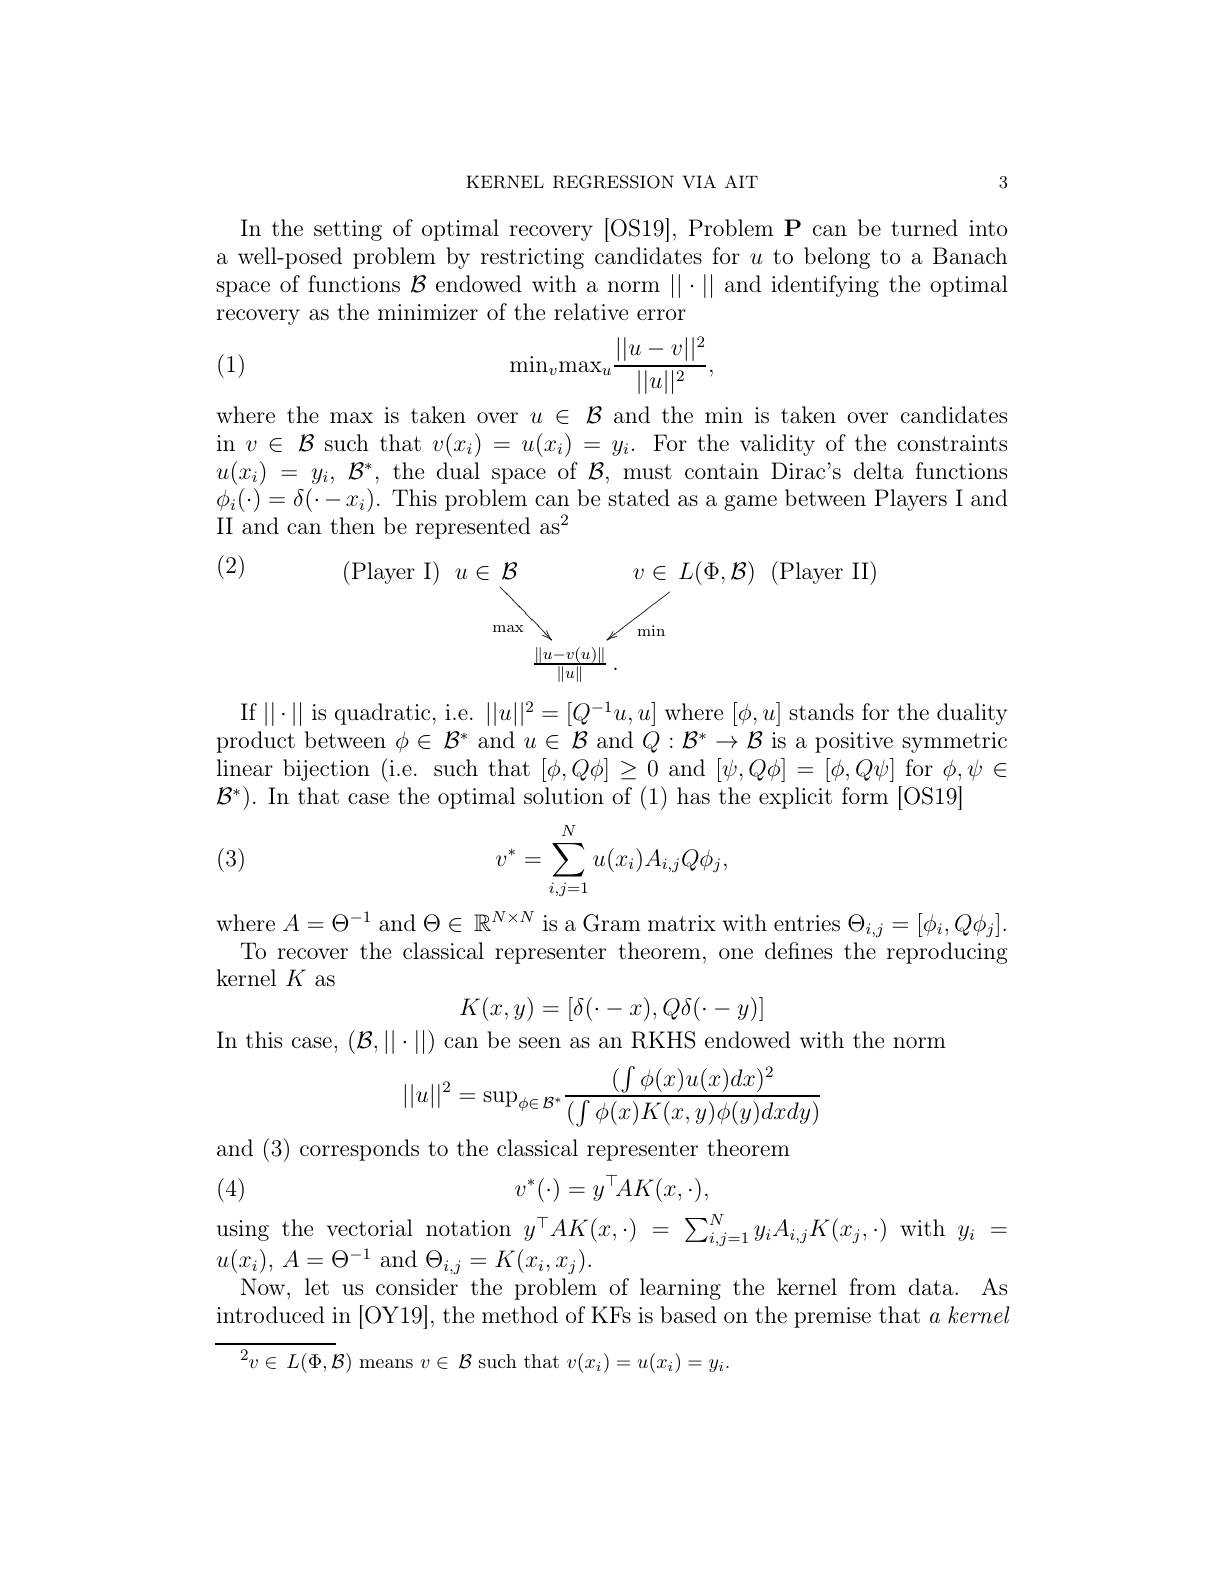
KERNEL REGRESSION VIA AIT

3

In the setting of optimal recovery [OS19], Problem P can be turned into a well-posed problem by restricting candidates for $u$ to belong to a Banach space of functions $\mathcal{B}$ endowed with a norm $\|\cdot\|$ and identifying the optimal recovery as the minimizer of the relative error
$$\min_v\max_u\frac{||u-v||^2}{||u||^2},$$
(1)

$\begin{array}{l}\text{where the max is taken over }u\in\mathcal{B}\text{ and the min is taken over candidates}\\\mathrm{in~}v\in\mathcal{B}\text{ such that }v(x_i)=u(x_i)=y_i.\text{ For the validity of the constraints}\\u(x_i)=y_i,\mathcal{B}^*,\text{ the dual space of }\mathcal{B},\text{must contain Dirac's delta functions}\\\phi_i(\cdot)=\delta(\end{array}$

(2)
$$\begin{array}{cccc}\text{(Player I)}&u\in\mathcal{B}&v\in&L(\Phi,\mathcal{B})&\text{(Player II)}\\&&\max&v\in&L(\Phi,\mathcal{B})&\text{(Player II)}\\&&\frac{\|u-v(u)\|}{\|u\|}.\end{array}$$
If$\|\cdot\|$ is quadratic, i.e. $\|u\|^{2}=[Q^{-1}u,u]$ where $[\phi,u]$ stands for the duality $\begin{array}{l}{\mathrm{product~between~}\phi\in\mathcal{B}^{*}\mathrm{~and~}u\in\mathcal{B}\mathrm{~and~}Q:\mathcal{B}^{*}\to\mathcal{B}\mathrm{~is~a~positive~symmetric}}\\{\mathrm{linear~bijection~(i.e.~such~that~}[\phi,Q\phi]\geq0\mathrm{~and~}[\psi,Q\phi]=[\phi,Q\psi]\mathrm{~for~}\phi,\psi\in\end{array}}$ $\mathcal{B}^*).$ In that case the optimal solution of (1) has the explicit form [OS19]

(3)
$$\begin{aligned}v^*=\sum_{i,j=1}^Nu(x_i)A_{i,j}Q\phi_j,\end{aligned}$$
where $A=\Theta^-1$ and $\Theta\in\mathbb{R}^N\times N$ is a Gram matrix with entries $\Theta_i,j=[\phi_i,Q\phi_j].$ To recover the classical representer theorem, one defines the reproducing kernel $K$ as
$$K(x,y)=[\delta(\cdot-x),Q\delta(\cdot-y)]$$
In this case, $(\mathcal{B},\|\cdot\|)$ can be seen as an RKHS endowed with the norm
$$||u||^2=\sup_{\phi\in\mathcal{B}^*}\frac{(\int\phi(x)u(x)dx)^2}{(\int\phi(x)K(x,y)\phi(y)dxdy)}$$
and (3)corresponds to the classical representer theorem
$$v^*(\cdot)=y^\top AK(x,\cdot),$$
(4)
using the vectorial notation $y^\top AK(x,\cdot)=\sum_{i,j=1}^Ny_iA_{i,j}K(x_j,\cdot)$ with $y_i=$
$u( x_{i}) $, $A= \Theta ^{- 1}$ and $\Theta_i,j=K(x_{i},x_{j}).$
Now, let us consider the problem of learning the kernel from data. As introduced in [OY19], the method of KFs is based on the premise that $a\textit{kernel}$

${{^2}v\in L(\Phi,{\mathcal{B}})}$ means $v\in\mathcal{B}$ such that $v(x_i)=u(x_i)=y_i.$